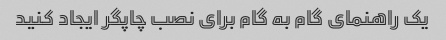
یک راهنمای گام به گام برای نصب چاپگر ایجاد کنید